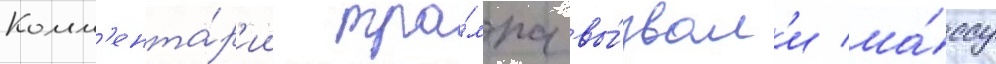
Комм'ента́р'ии тра́мпа вы́звал'и ма́ссу